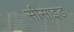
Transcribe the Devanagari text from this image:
सीसाइड